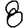
Digit: 8